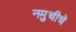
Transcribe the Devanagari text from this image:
नमुचीचे